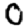
Digit: 0